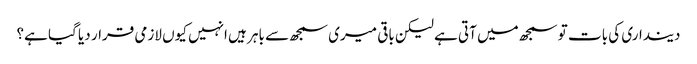
دینداری کی بات تو سمجھ میں آتی ہے لیکن باقی میری سمجھ سے باہر ہیں انہیں کیوں لازمی قرار دیا گیا ہے؟